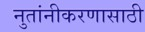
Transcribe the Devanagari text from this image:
नुतांनीकरणासाठी